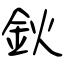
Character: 鈥